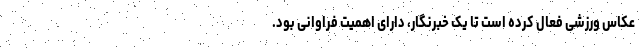
عکاس ورزشی فعال کرده است تا یک خبرنگار،‌ دارای اهمیت فراوانی بود.